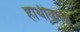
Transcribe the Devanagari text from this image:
हाथीवाला